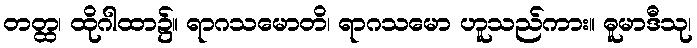
တတ္ထ၊ ထိုဂါထာ၌။ ရာဂသမောတိ၊ ရာဂသမော ဟူသည်ကား။ ဓူမာဒီသု၊